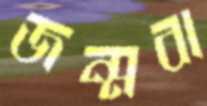
জন্মবা